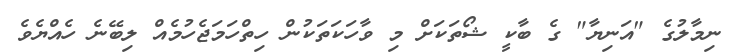
ނިމާލުގެ "އަނިޔާ" ގެ ބާކީ ޝޯތަކަށް މި ވާހަކަތަކުން ހިތްހަމަޖެހުމެއް ލިބޭނެ ހެއްޔެވެ